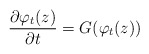
\begin{align*}\frac{\partial \varphi_t(z)}{\partial t}=G(\varphi_t(z))\end{align*}